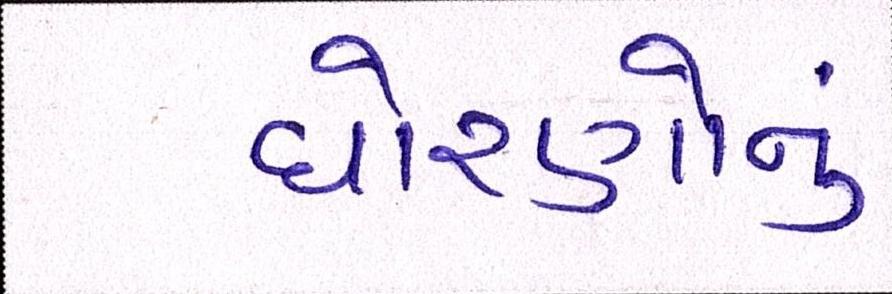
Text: ધોરણોનું